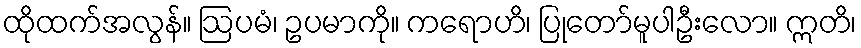
ထိုထက်အလွန်။ ဩပမံ၊ ဥပမာကို။ ကရောဟိ၊ ပြုတော်မူပါဦးလော။ ဣတိ၊